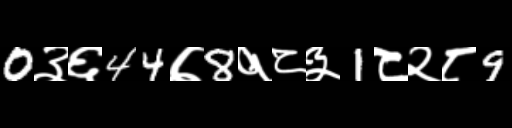
Text: 0३६44७8१८३1८२८9